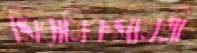
সিরামিকসামগ্রী